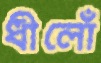
ধীলোঁ